Plague in India, 1896, 1897 - Volume 3
Year: 1896
Disease focus: Plague
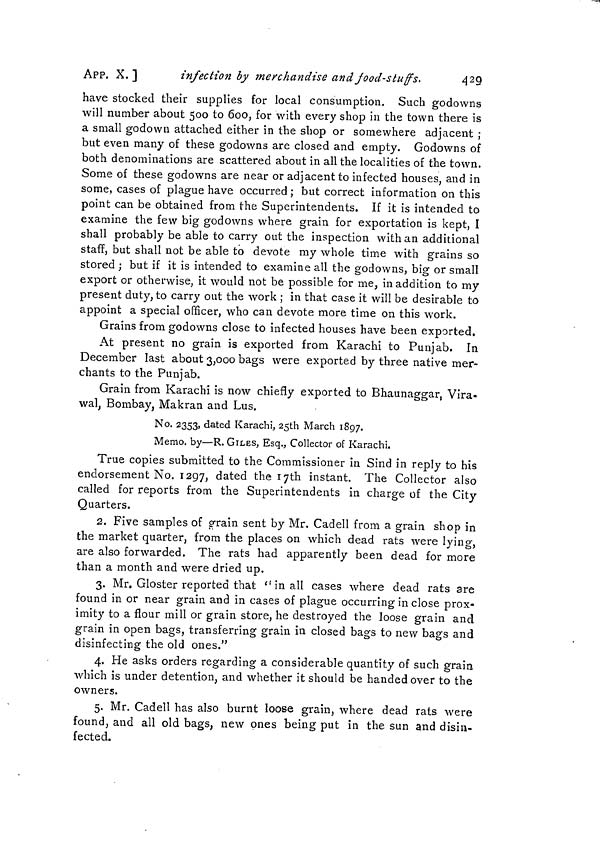
APP. X.]
infection by merchandise and jood-stuffs.
420
have stocked their supplies for local consumption. Such godowns
will number about 500 to 600, for with every shop in the town there is
a small godown attached either in the shop or somewhere adjacent ;
but even many of these godowns are closed and empty. Godowns of
both denominations are scattered about in all the localities of the town.
Some of these godowns are near or adjacent to infected houses, and in
some, cases of plague have occurred ; but correct information on this
point can be obtained from the Superintendents. If it is intended to
examine the few big godowns where grain for exportation is kept, I
shall probably be able to carry out the inspection with an additional
staff, but shall not be able to devote my whole time with grains so
stored ; but if it is intended to examine all the godowns, big or small
export or otherwise, it would not be possible for me, in addition to my
present duty, to carry out the work ; in that case it will be desirable to
appoint a special officer, who can devote more time on this work.
Grains from godowns close to infected houses have been exported.
At present no grain is exported from Karachi to Punjab. In
December last about 3,000 bags were exported by three native mer-
chants to the Punjab.
Grain from Karachi is now chiefly exported to Bhaunaggar, Vira«
wal, Bombay, Makran and Lus.
No. 2353, dated Karachi, 25th March 1897.
Memo, by—R. GILES, Esq., Collector of Karachi.
True copies submitted to the Commissioner in Sind in reply to his
endorsement No. 1297, dated the ijth instant. The Collector also
called for reports from the Superintendents in charge of the City
Quarters.
2. Five samples of grain sent by Mr, Cadell from a grain shop in
the market quarter, from the places on which dead rats were lying,
are also forwarded. The rats had apparently been dead for more
than a month and were dried up.
3. Mr. Gloster reported that "in all cases where dead rats are
found in or near grain and in cases of plague occurring in close prox-
imity to a flour mill or grain store, he destroyed the loose grain and
grain in open bags, transferring grain in closed bags to new bags and
disinfecting the old ones."
4. He asks orders regarding a considerable quantity of such grain
which is under detention, and whether it should be handed over to the
owners.
5. Mr. Cadell has also burnt loose grain, where dead rats were
found, and all old bags, new ones being put in the sun and disin-
fected.